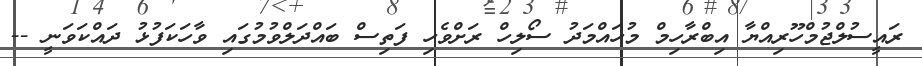
ރައީސުލްޖުމްހޫރިއްޔާ އިބްރާހިމް މުހައްމަދު ސޯލިހް ރަށްވެހި ފަތިސް ބައްދަލްވުމުގައި ވާހަކަފުޅު ދައްކަވަނީ --